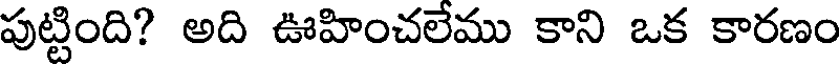
పుట్టింది? అది ఊహించలేము కాని ఒక కారణం